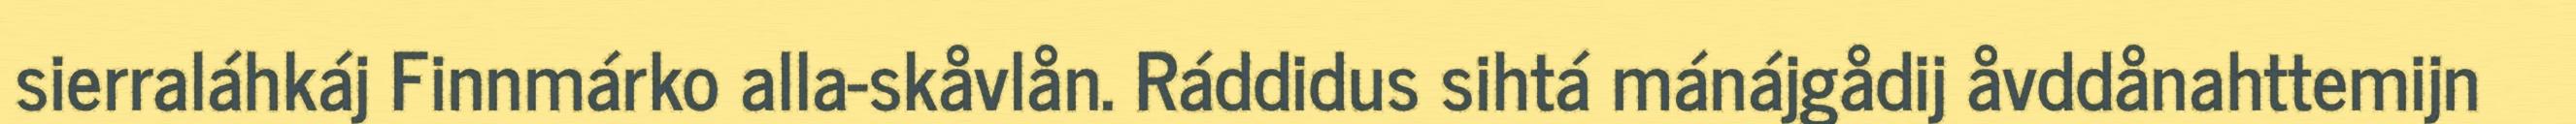
sierraláhkáj Finnmárko alla-skåvlån. Ráddidus sihtá mánájgådij åvddånahttemijn